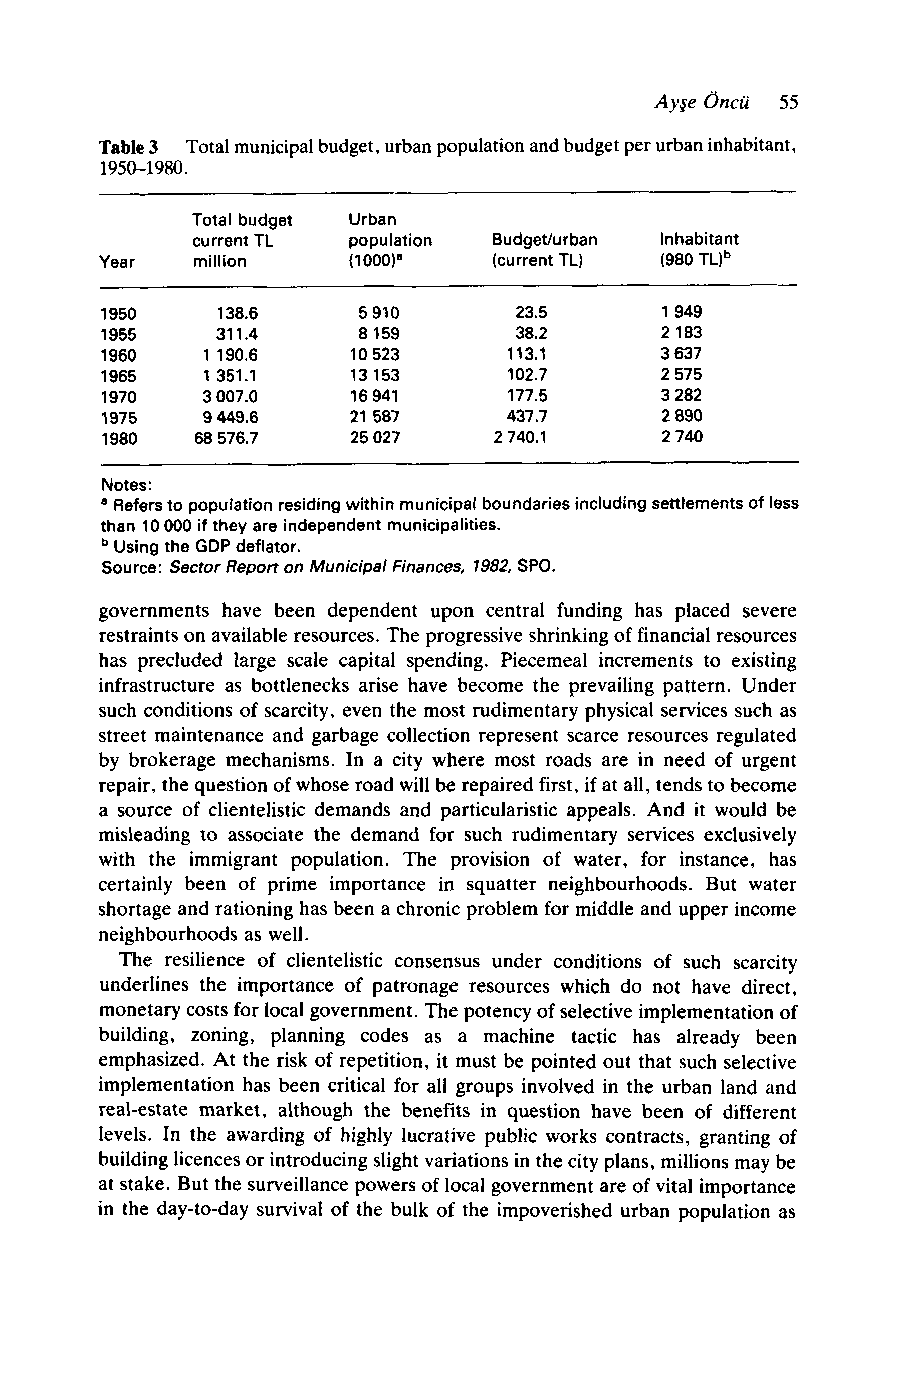
Ayje Oncu 55
 Table 3 Total municipal budget, urban population and budget per urban inhabitant,
 1950-1980.
 Total budget Urban
 current TL population Budgethrban Inhabitant
 Year  million   (1000)'   (current TL) (980 TLIb
 1950   138.6     5 910     23.5      1 949
 1955   31 1.4    8 159     38.2      2 183
 1960   1 190.6  10 523     113.1     3 637
 1965   1 351.1  13 153     102.7     2 575
 1970  3 007.0   16 941     177.5     3 282
 1975  9 449.6   21 587     437.7     2 890
 1980  68 576.7  25 027    2 740.1    2 740
 Notes:
 a Refers to population residing within municipal boundaries including settlements of less
 than 10 000 if they are independent municipalities.
 Using the GDP deflator.
 Source: Sector Report on Municipal Finances, 7982, SPO.
 governments have been dependent upon central funding has placed severe
 restraints on available resources. The progressive shrinking of financial resources
 has precluded large scale capital spending. Piecemeal increments to existing
 infrastructure as bottlenecks arise have become the prevailing pattern. Under
 such conditions of scarcity, even the most rudimentary physical services such as
 street maintenance and garbage collection represent scarce resources regulated
 by brokerage mechanisms. In a city where most roads are in need of urgent
 repair, the question of whose road will be repaired first, if at all, tends to become
 a source of clientelistic demands and particularistic appeals. And it would be
 misleading to associate the demand for such rudimentary services exclusively
 with the immigrant population. The provision of water, for instance, has
 certainly been of prime importance in squatter neighbourhoods. But water
 shortage and rationing has been a chronic problem for middle and upper income
 neighbourhoods as well.
 The resilience of clientelistic consensus under conditions of such scarcity
 underlines the importance of patronage resources which do not have direct,
 monetary costs for local government. The potency of selective implementation of
 building, zoning, planning codes as a machine tactic has already been
 emphasized. At the risk of repetition, it must be pointed out that such selective
 implementation has been critical for all groups involved in the urban land and
 real-estate market, although the benefits in question have been of different
 levels. In the awarding of highly lucrative public works contracts, granting of
 building licences or introducing slight variations in the city plans, millions may be
 at stake. But the surveillance powers of local government are of vital importance
 in the day-to-day survival of the bulk of the impoverished urban population as